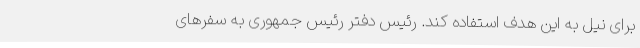
برای نیل به این هدف استفاده کند. رئیس دفتر رئیس جمهوری به سفرهای